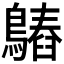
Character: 𪄻